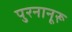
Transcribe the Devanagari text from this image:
पुरनानूरू